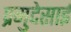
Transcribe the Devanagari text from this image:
प्रमुदेसाई